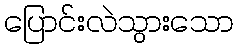
ပြောင်းလဲသွားသော